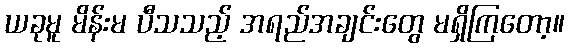
ယခုမူ မိန်းမ ပီသသည့် အရည်အချင်းတွေ မရှိကြတော့။